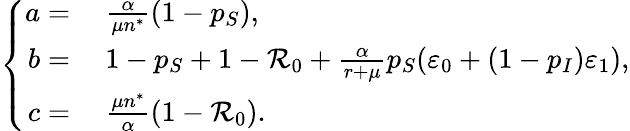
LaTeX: \left\{ \begin{array}{rl}{a=}&{{}~\frac{\alpha}{\mu n^{*}}(1-p_{S}),}\\ {b=}&{{}~1-p_{S}+1-\mathcal{R}_{0}+\frac{\alpha}{r+\mu}p_{S}(\varepsilon_{0}+(1-p_{I})\varepsilon_{1}),}\\ {c=}&{{}~\frac{\mu n^{*}}{\alpha}(1-\mathcal{R}_{0}).}\end{array}\right.